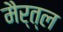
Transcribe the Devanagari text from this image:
मैर्त्ल